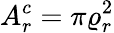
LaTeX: A_{r}^{c}=\pi\varrho_{r}^{2}